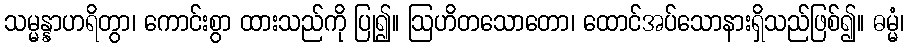
သမ္မန္နာဟရိတွာ၊ ကောင်းစွာ ထားသည်ကို ပြု၍။ ဩဟိတသောတော၊ ထောင်အပ်သောနားရှိသည်ဖြစ်၍။ ဓမ္မံ၊